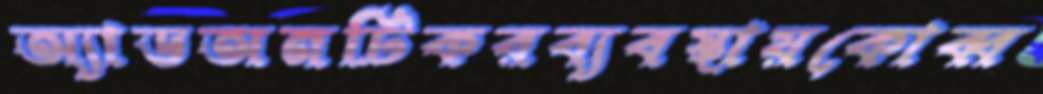
অ্যাডঅনটিকরব্যবস্থায়কোব্ব